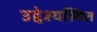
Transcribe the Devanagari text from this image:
उद्देश्यस्थित